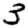
Digit: 3